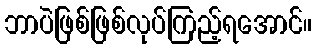
ဘာပဲဖြစ်ဖြစ်လုပ်ကြည့်ရအောင်။